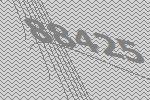
88425